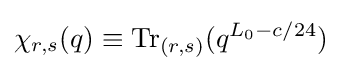
\chi _{r,s}(q)\equiv {\textrm {Tr}}_{(r,s)}(q^{L_{0}-c/24})